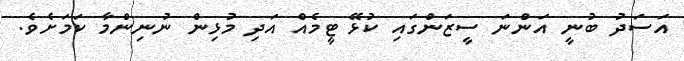
އަސަަދު ބުނީ އަންނަ ސީޒަންގައި ކުޅޭ ޓީމެއް އަދި މުޅިން ނުނިންމާ ކަމަށެވެ.